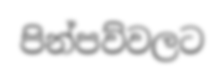
පින්පව්වලට